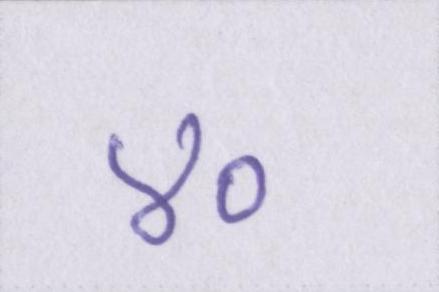
४०